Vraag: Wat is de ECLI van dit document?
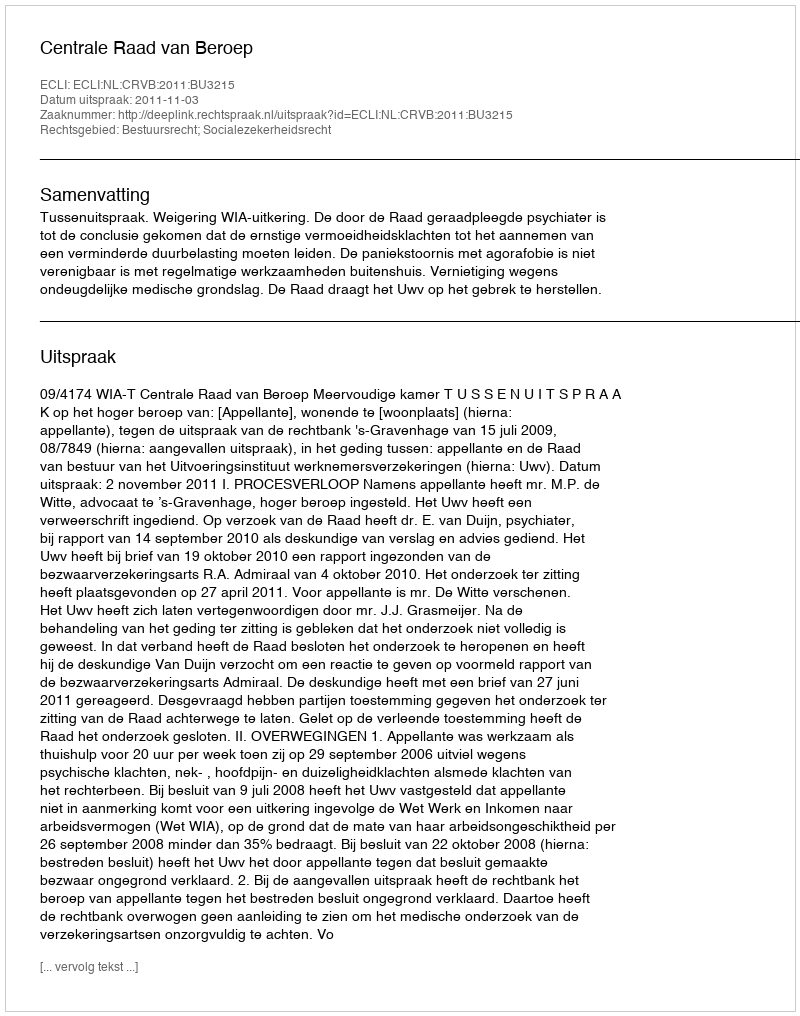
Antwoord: ECLI:NL:CRVB:2011:BU3215